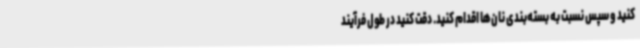
کنید و سپس نسبت به بسته‌بندی نان‌ها اقدام کنید. دقت کنید در طول فرآیند